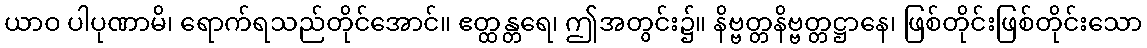
ယာဝ ပါပုဏာမိ၊ ရောက်ရသည်တိုင်အောင်။ ဧတ္ထန္တရေ၊ ဤအတွင်း၌။ နိဗ္ဗတ္တနိဗ္ဗတ္တဋ္ဌာနေ၊ ဖြစ်တိုင်းဖြစ်တိုင်းသော